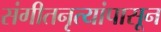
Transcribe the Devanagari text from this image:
संगीतनृत्यांपासून